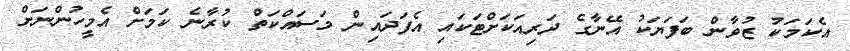
އެކަމަކު ޒުވާން ބަފަޔަކު އޭނާގެ ދަރިއަކަށްޓަކައި އެފަދައިން މަސައްކަތް ކުރާނެ ކަމަށް އެމީހުންނަށް